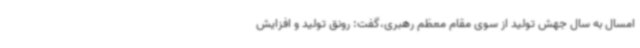
امسال به سال جهش تولید از سوی مقام معظم رهبری،گفت: رونق تولید و افزایش